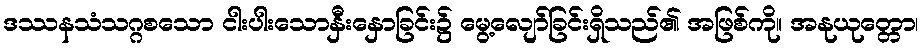
ဒဿနသံသဂ္ဂစသော ငါးပါးသောနှီးနှောခြင်း၌ မွေ့လျော်ခြင်းရှိသည်၏ အဖြစ်ကို။ အနုယုတ္တော၊